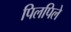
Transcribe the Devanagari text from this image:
पिलपिले